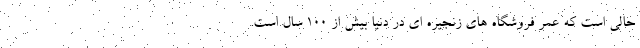
حالي است كه عمر فروشگاه هاي زنجيره اي در دنيا بیش از ١٠٠ سال است.